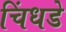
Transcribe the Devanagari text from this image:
चिंधडे